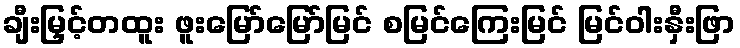
ချီးမြှင့်တထူး ဖူးမြော်မြော်မြင် စမြင်ကြေးမြင် မြင်ဝါးနှီးဖြာ